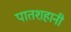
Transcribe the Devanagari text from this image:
पातशहानी